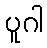
ပူဂါ